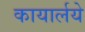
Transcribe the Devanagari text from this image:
कायार्लये